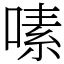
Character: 嗉